Source: Handwritten
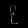
Digit: ၉ (9)